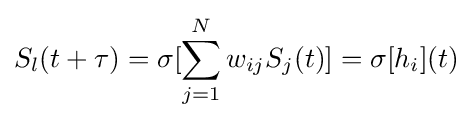
S_{l}(t+\tau )=\sigma [\sum _{j=1}^{N}w_{ij}S_{j}(t)]=\sigma [h_{i}](t)